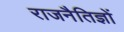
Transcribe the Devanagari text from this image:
राजनैतिज्ञों